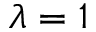
\lambda = 1